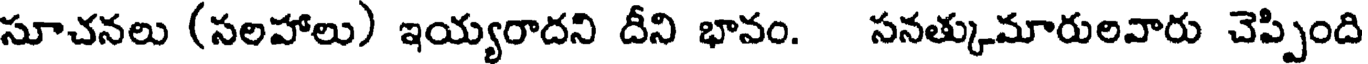
సూచనలు (సలహాలు) ఇయ్యరాదని దీని భావం. సనత్కుమారులవారు చెప్పింది